65_HS1-834228961_62-HQ-83894_Section_6
Agency: FBI
Page 91
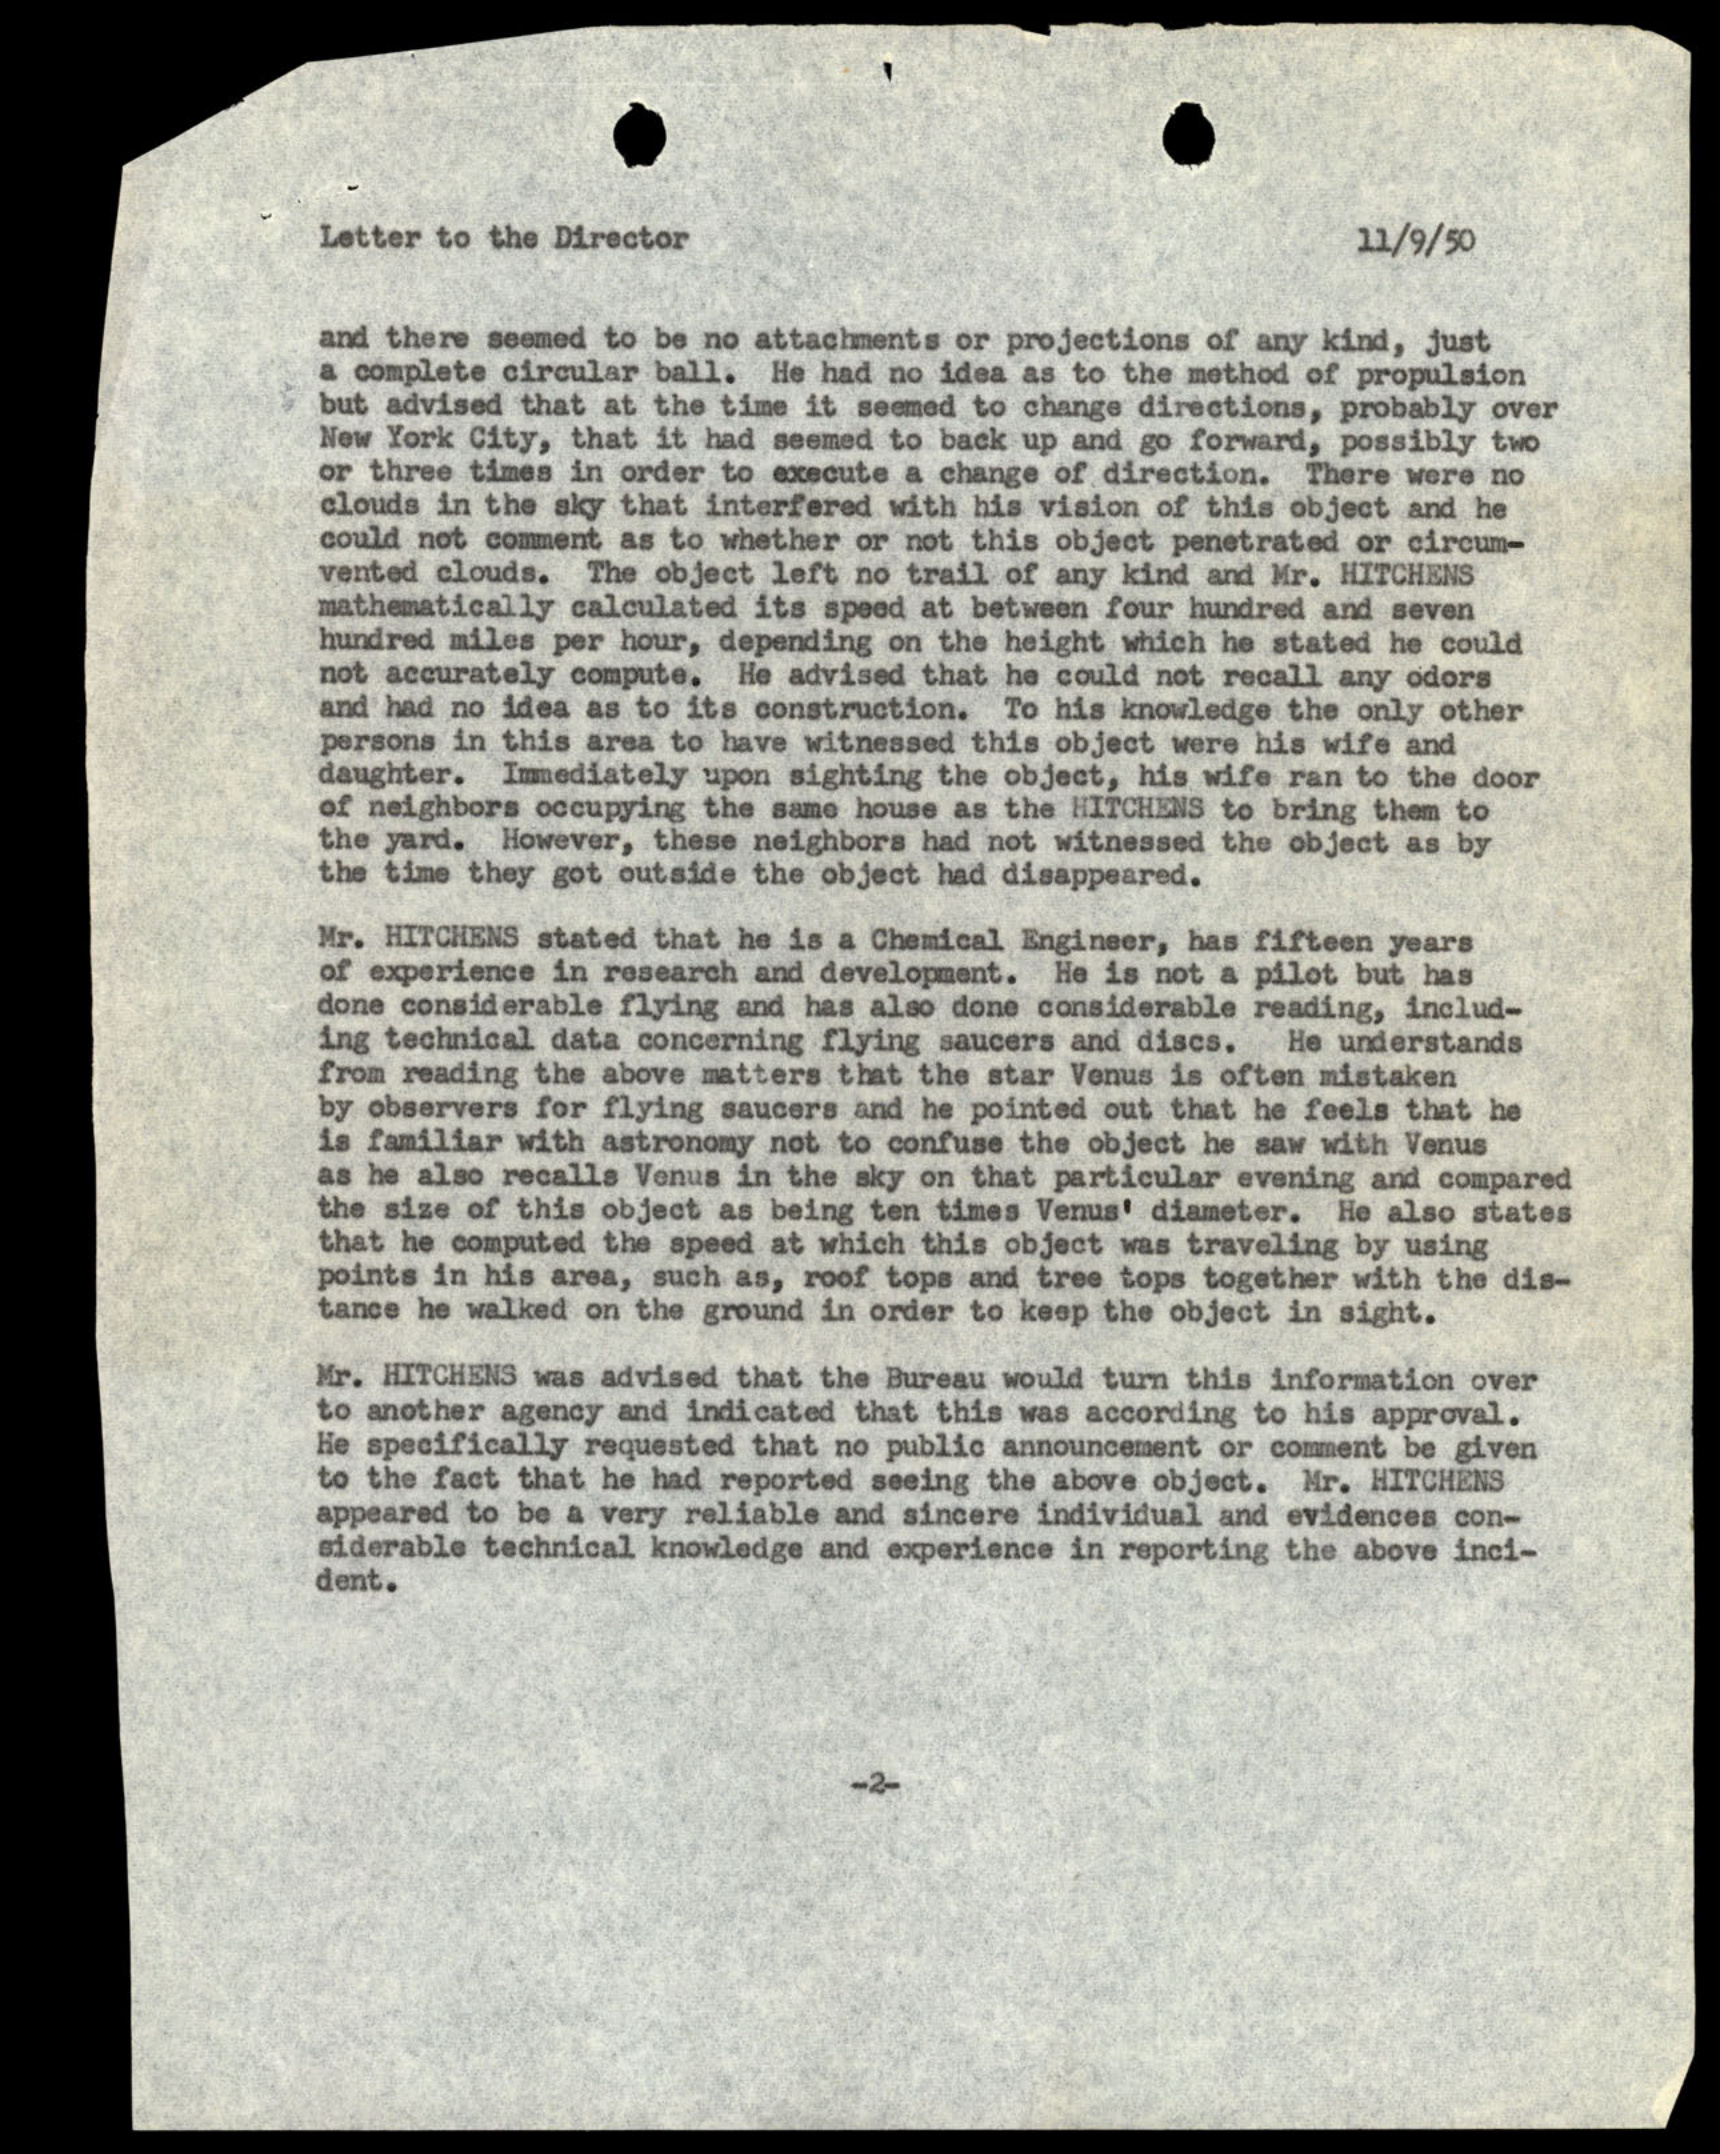